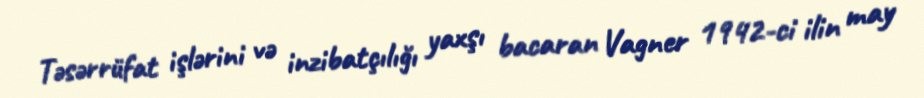
Təsərrüfat işlərini və inzibatçılığı yaxşı bacaran Vagner 1942-ci ilin may